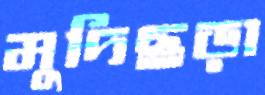
মুদিছড়া